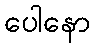
ပေါနော